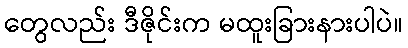
တွေလည်း ဒီဇိုင်းက မထူးခြားနားပါပဲ။